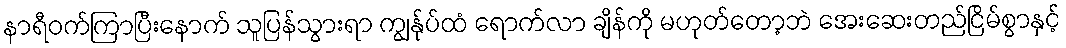
နာရီဝက်ကြာပြီးနောက် သူပြန်သွားရာ ကျွန်ုပ်ထံ ရောက်လာ ချိန်ကို မဟုတ်တော့ဘဲ အေးဆေးတည်ငြိမ်စွာနှင့်